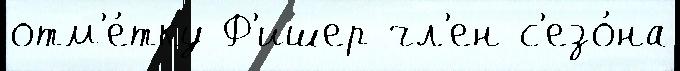
отм'е́тку Ф'ишер чл'ен с'езо́на